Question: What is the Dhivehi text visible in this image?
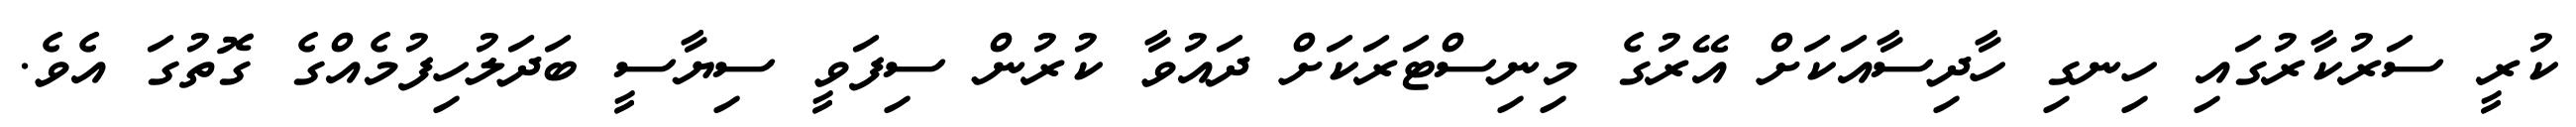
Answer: ކުރީ ސަރުކާރުގައި ހިނގި ހާދިސާއަކަށް އޭރުގެ މިނިސްޓަރަކަށް ދައުވާ ކުރުން ސިފަވީ ސިޔާސީ ބަދަލުހިފުމެއްގެ ގޮތުގަ އެވެ.